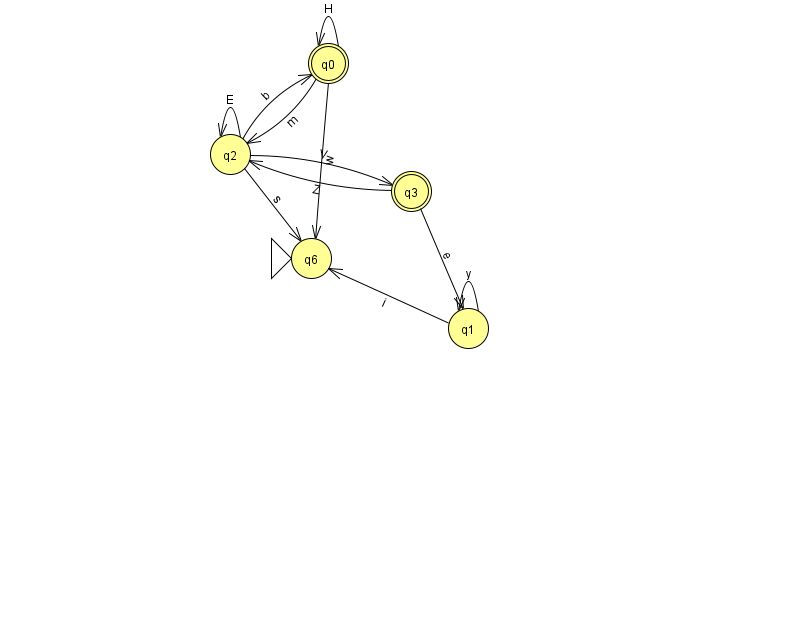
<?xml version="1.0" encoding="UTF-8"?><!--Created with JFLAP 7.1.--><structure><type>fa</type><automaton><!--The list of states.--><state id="0" name="q0"><x>328.0</x><y>50.0</y><final/></state><state id="1" name="q1"><x>468.0</x><y>315.0</y></state><state id="2" name="q2"><x>230.0</x><y>141.0</y></state><state id="3" name="q3"><x>411.0</x><y>178.0</y><final/></state><state id="6" name="q6"><x>311.0</x><y>245.0</y><initial/></state><!--The list of transitions.--><transition><from>0</from><to>6</to><read>w</read></transition><transition><from>2</from><to>0</to><read>b</read></transition><transition><from>3</from><to>2</to><read>Z</read></transition><transition><from>2</from><to>2</to><read>E</read></transition><transition><from>2</from><to>6</to><read>s</read></transition><transition><from>0</from><to>0</to><read>H</read></transition><transition><from>2</from><to>3</to><read>V</read></transition><transition><from>3</from><to>1</to><read>e</read></transition><transition><from>1</from><to>1</to><read>y</read></transition><transition><from>0</from><to>2</to><read>m</read></transition><transition><from>1</from><to>6</to><read>i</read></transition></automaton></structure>